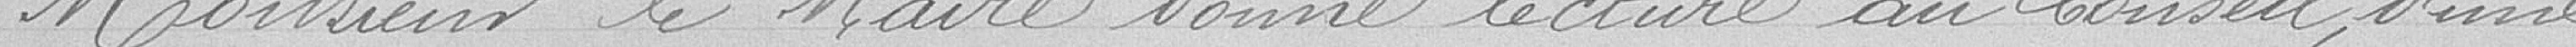
Monsieur le maire donne lecture au Conseil, d'une